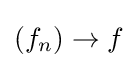
\left(f_{n}\right)\to f